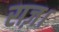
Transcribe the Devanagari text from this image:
राज़।